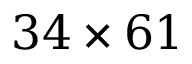
3 4 \times 6 1